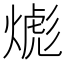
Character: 𱬂